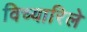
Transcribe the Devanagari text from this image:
विच्यारिले